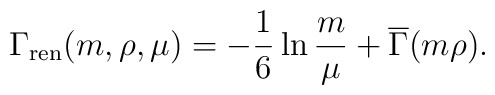
\Gamma_{\rm ren}(m,\rho,\mu) = -{1\over6} \ln {m\over\mu}   + \overline{\Gamma}(m\rho).